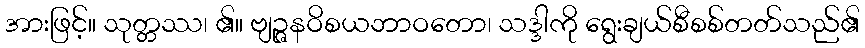
အားဖြင့်။ သုတ္တဿ၊ ၏။ ဗျဉ္ဇနဝိစယဘာဝတော၊ သဒ္ဒါကို ရွေးချယ်စီစစ်တတ်သည်၏